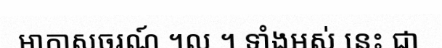
អាកាសចរណ៍ ។ល ។ ទាំងអស់ នេះ ជា